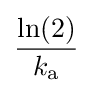
{\frac {\ln(2)}{k_{\text{a}}}}